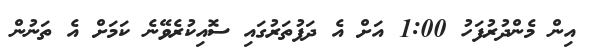
އިން މެންދުރުފަހު 1:00 އަށް އެ ދަފުތަރުގައި ސޮއިކުރެވޭނެ ކަމަށް އެ ތަނުން